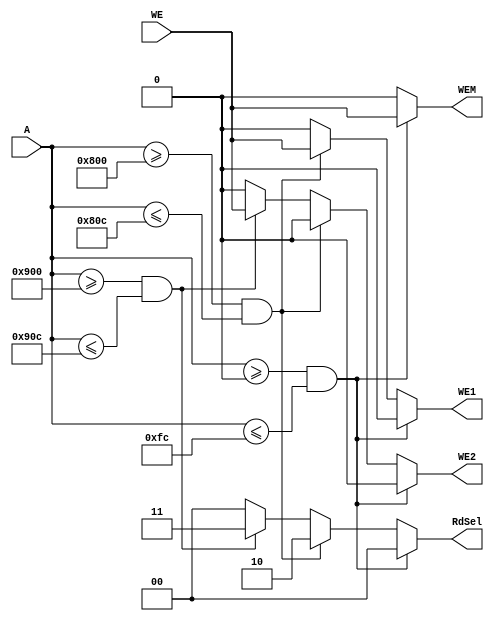
module system_AD(
        input WE,
        input [31:0] A,
        output reg WEM,
        output reg WE1,
        output reg WE2,
        output reg [1:0] RdSel
    );
    
    always @ (*) begin
        // Address range in if statements based on memory map table
        if (A >= 32'h0 && A <= 32'hFC) begin
            WEM = WE;
            WE1 = 0;
            WE2 = 0;
            RdSel = 2'b00;
        end
        else if (A >= 32'h800 && A <= 32'h80C) begin
            WEM = 0;
            WE1 = WE;
            WE2 = 0;
            RdSel = 2'b10;
        end
        else if (A >= 32'h900 && A <= 32'h90C) begin
            WEM = 0;
            WE1 = 0;
            WE2 = WE;
            RdSel = 2'b11;
        end
        else begin
            WEM = 0;
            WE1 = 0;
            WE2 = 0;
            RdSel = 2'b00;
        end
    end
endmodule